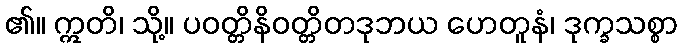
၏။ ဣတိ၊ သို့။ ပဝတ္တိနိဝတ္တိတဒုဘယ ဟေတူနံ၊ ဒုက္ခသစ္စာ